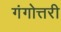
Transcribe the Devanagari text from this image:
गंगोत्तरी